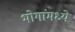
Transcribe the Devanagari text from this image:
भोगांमध्ये